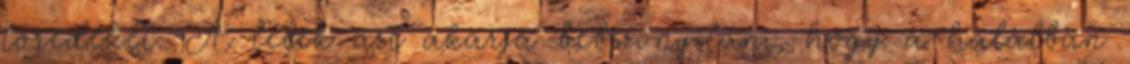
töredékét. A lélek azt akarja bebizonyítani, hogy a halálban